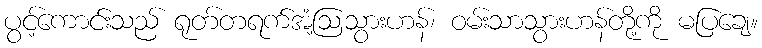
ပွင့်ကောင်းသည် ရုတ်တရက်အံ့ဩသွားဟန်၊ ဝမ်းသာသွားဟန်တို့ကို မပြချေ။